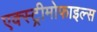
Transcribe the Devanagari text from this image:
एक्स्ट्रीमोफाइल्स